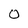
Character: 0